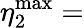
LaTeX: \eta_{2}^{\operatorname*{max}}=